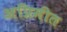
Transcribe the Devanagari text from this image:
अप्रिमीत